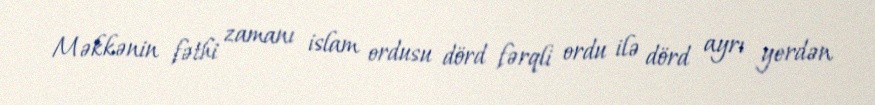
Məkkənin fəthi zamanı islam ordusu dörd fərqli ordu ilə dörd ayrı yerdən